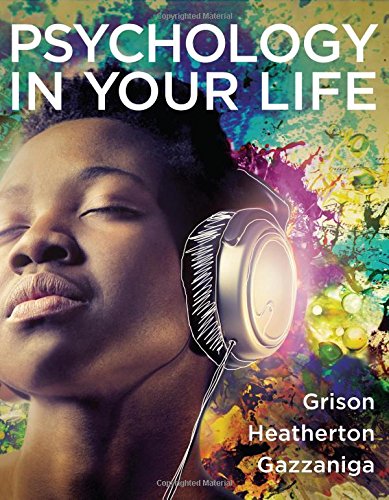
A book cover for Psychology in Your Life; Sarah Grison; Medical Books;